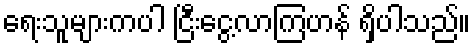
ရေးသူများကပါ ငြီးငွေ့လာကြဟန် ရှိပါသည်။